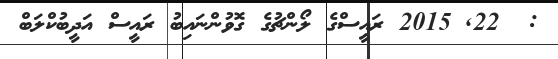
:  22